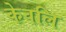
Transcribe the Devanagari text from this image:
केवलि